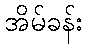
အိမ်ခန်း